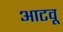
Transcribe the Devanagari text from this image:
आटवू